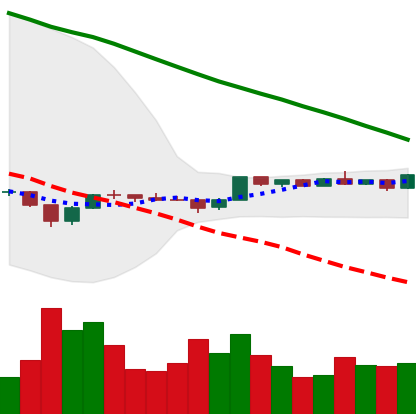
Ticker: BTC-USD
Chart end date: 2022-12-08
Forward return: 3.179%
Label: up_3_5